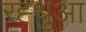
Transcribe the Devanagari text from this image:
रह्थुआ